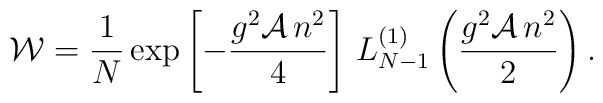
{\cal W}=\frac{1}{N}\exp\left[-\frac{g^2 {\cal A} \,n^2}4\right]\,L_{N-1}^{(1)}\left(\frac{g^2 {\cal A} \,n^2}{2} \right).